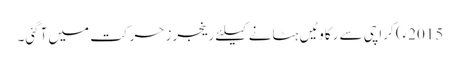
2015ء) کراچی سے رکاوٹیں ہٹانے کیلئے رینجرز حرکت میں آگئی۔